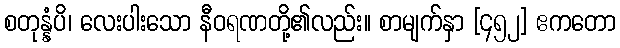
စတုန္နံပိ၊ လေးပါးသော နီဝရဏတို့၏လည်း။ စာမျက်နှာ [၄၅၂] ဧကတော